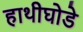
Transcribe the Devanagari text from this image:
हाथीघोडे